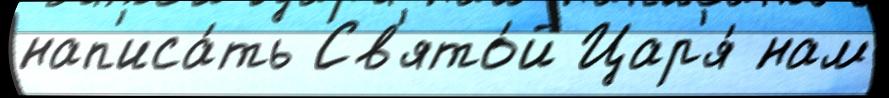
нап'иса́ть Св'ято́й Цар'я́ нам